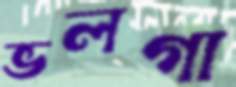
ভলগা